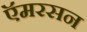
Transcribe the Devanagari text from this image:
ऍमरसन